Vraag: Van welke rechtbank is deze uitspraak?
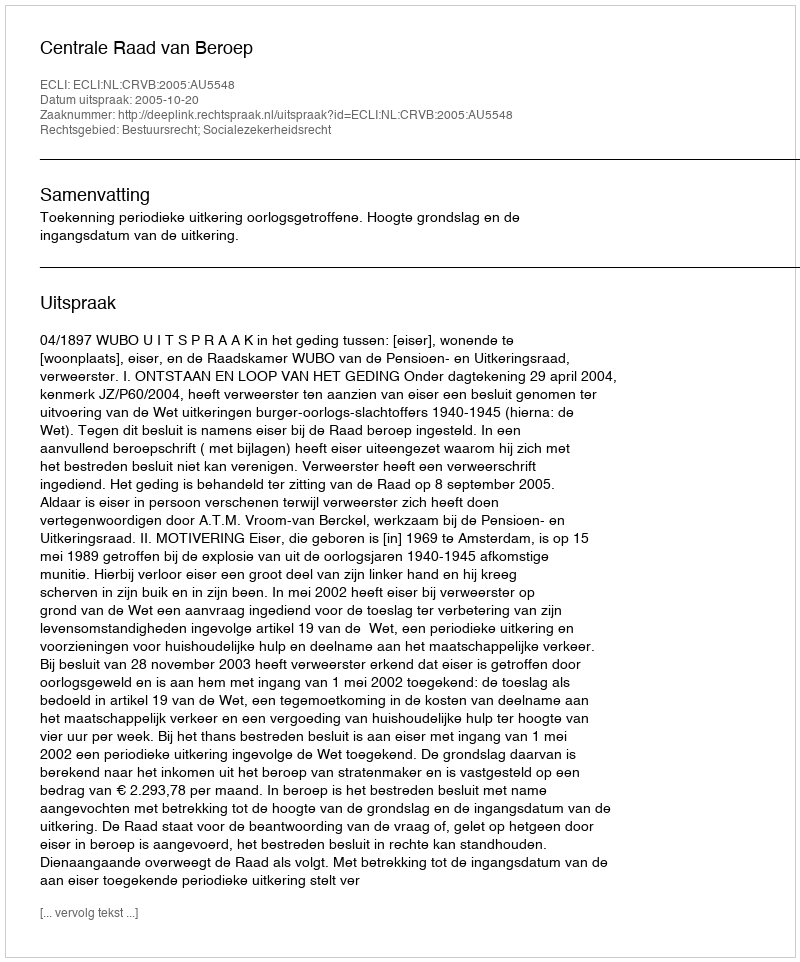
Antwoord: Centrale Raad van Beroep